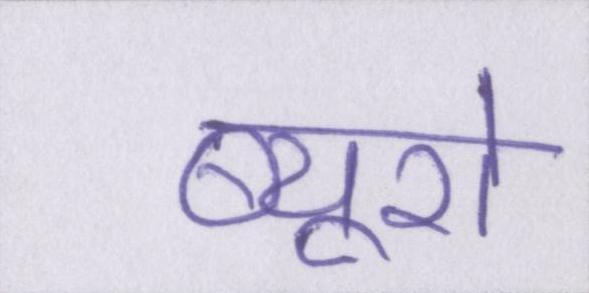
ब्यूरो